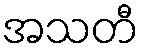
အသတီ